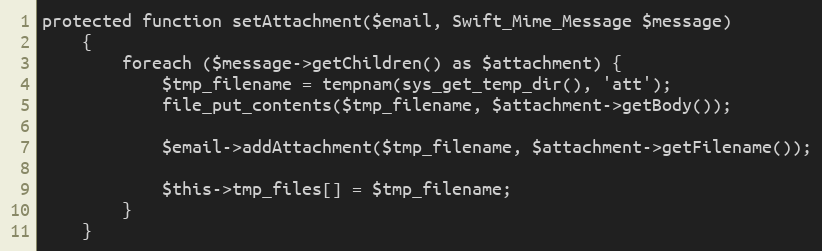
Language: PHP
protected function setAttachment($email, Swift_Mime_Message $message)
	{
		foreach ($message->getChildren() as $attachment) {
			$tmp_filename = tempnam(sys_get_temp_dir(), 'att');
			file_put_contents($tmp_filename, $attachment->getBody());

			$email->addAttachment($tmp_filename, $attachment->getFilename());

			$this->tmp_files[] = $tmp_filename;
		}
	}